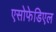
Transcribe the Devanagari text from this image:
एसोफेडिएल